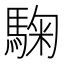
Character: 𩣽